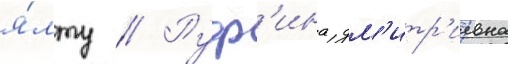
я́лту // Руф'ина дм'итр'иевна